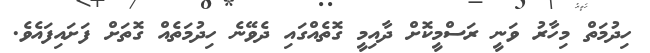
ހިދުމަތް މިހާރު ވަނީ ރަސްމީކޮށް ދާއިމީ ގޮތެއްގައި ދެވޭނެ ހިދުމަތެއް ގޮތަށް ފަށައިފައެވެ.